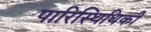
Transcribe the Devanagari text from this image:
पारिस्थिथिकी